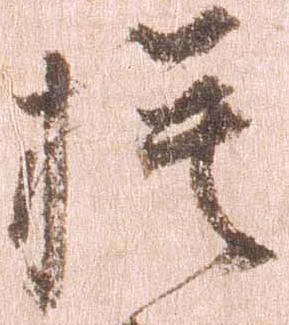
模